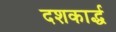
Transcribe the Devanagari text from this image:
दशकार्द्ध